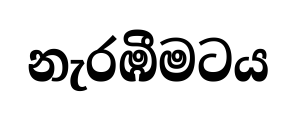
නැරඹීමටය